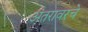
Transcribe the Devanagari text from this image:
अंतरावरचे